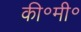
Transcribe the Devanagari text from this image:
की॰मी॰